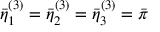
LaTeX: \bar { \eta } _ { 1 } ^ { ( 3 ) } = \bar { \eta } _ { 2 } ^ { ( 3 ) } = \bar { \eta } _ { 3 } ^ { ( 3 ) } = \bar { \pi }